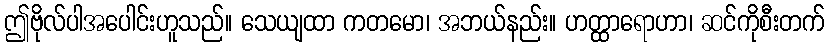
ဤဗိုလ်ပါအပေါင်းဟူသည်။ သေယျထာ ကတမော၊ အဘယ်နည်း။ ဟတ္ထာရောဟာ၊ ဆင်ကိုစီးတက်